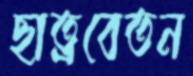
ছাত্রবেতন